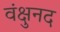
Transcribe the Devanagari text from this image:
वंक्षुनद